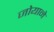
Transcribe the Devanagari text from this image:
जोयाने